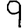
Digit: 9